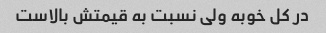
در کل خوبه ولی نسبت به قیمتش بالاست